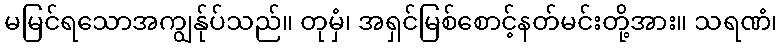
မမြင်ရသောအကျွန်ုပ်သည်။ တုမှံ၊ အရှင်မြစ်စောင့်နတ်မင်းတို့အား။ သရဏံ၊